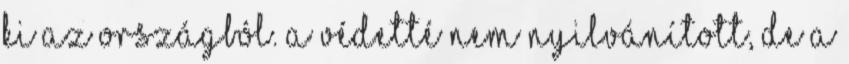
ki az országból. A védetté nem nyilvánított, de a